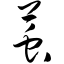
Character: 茧